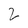
Character: 2